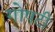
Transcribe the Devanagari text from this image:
गोषटी